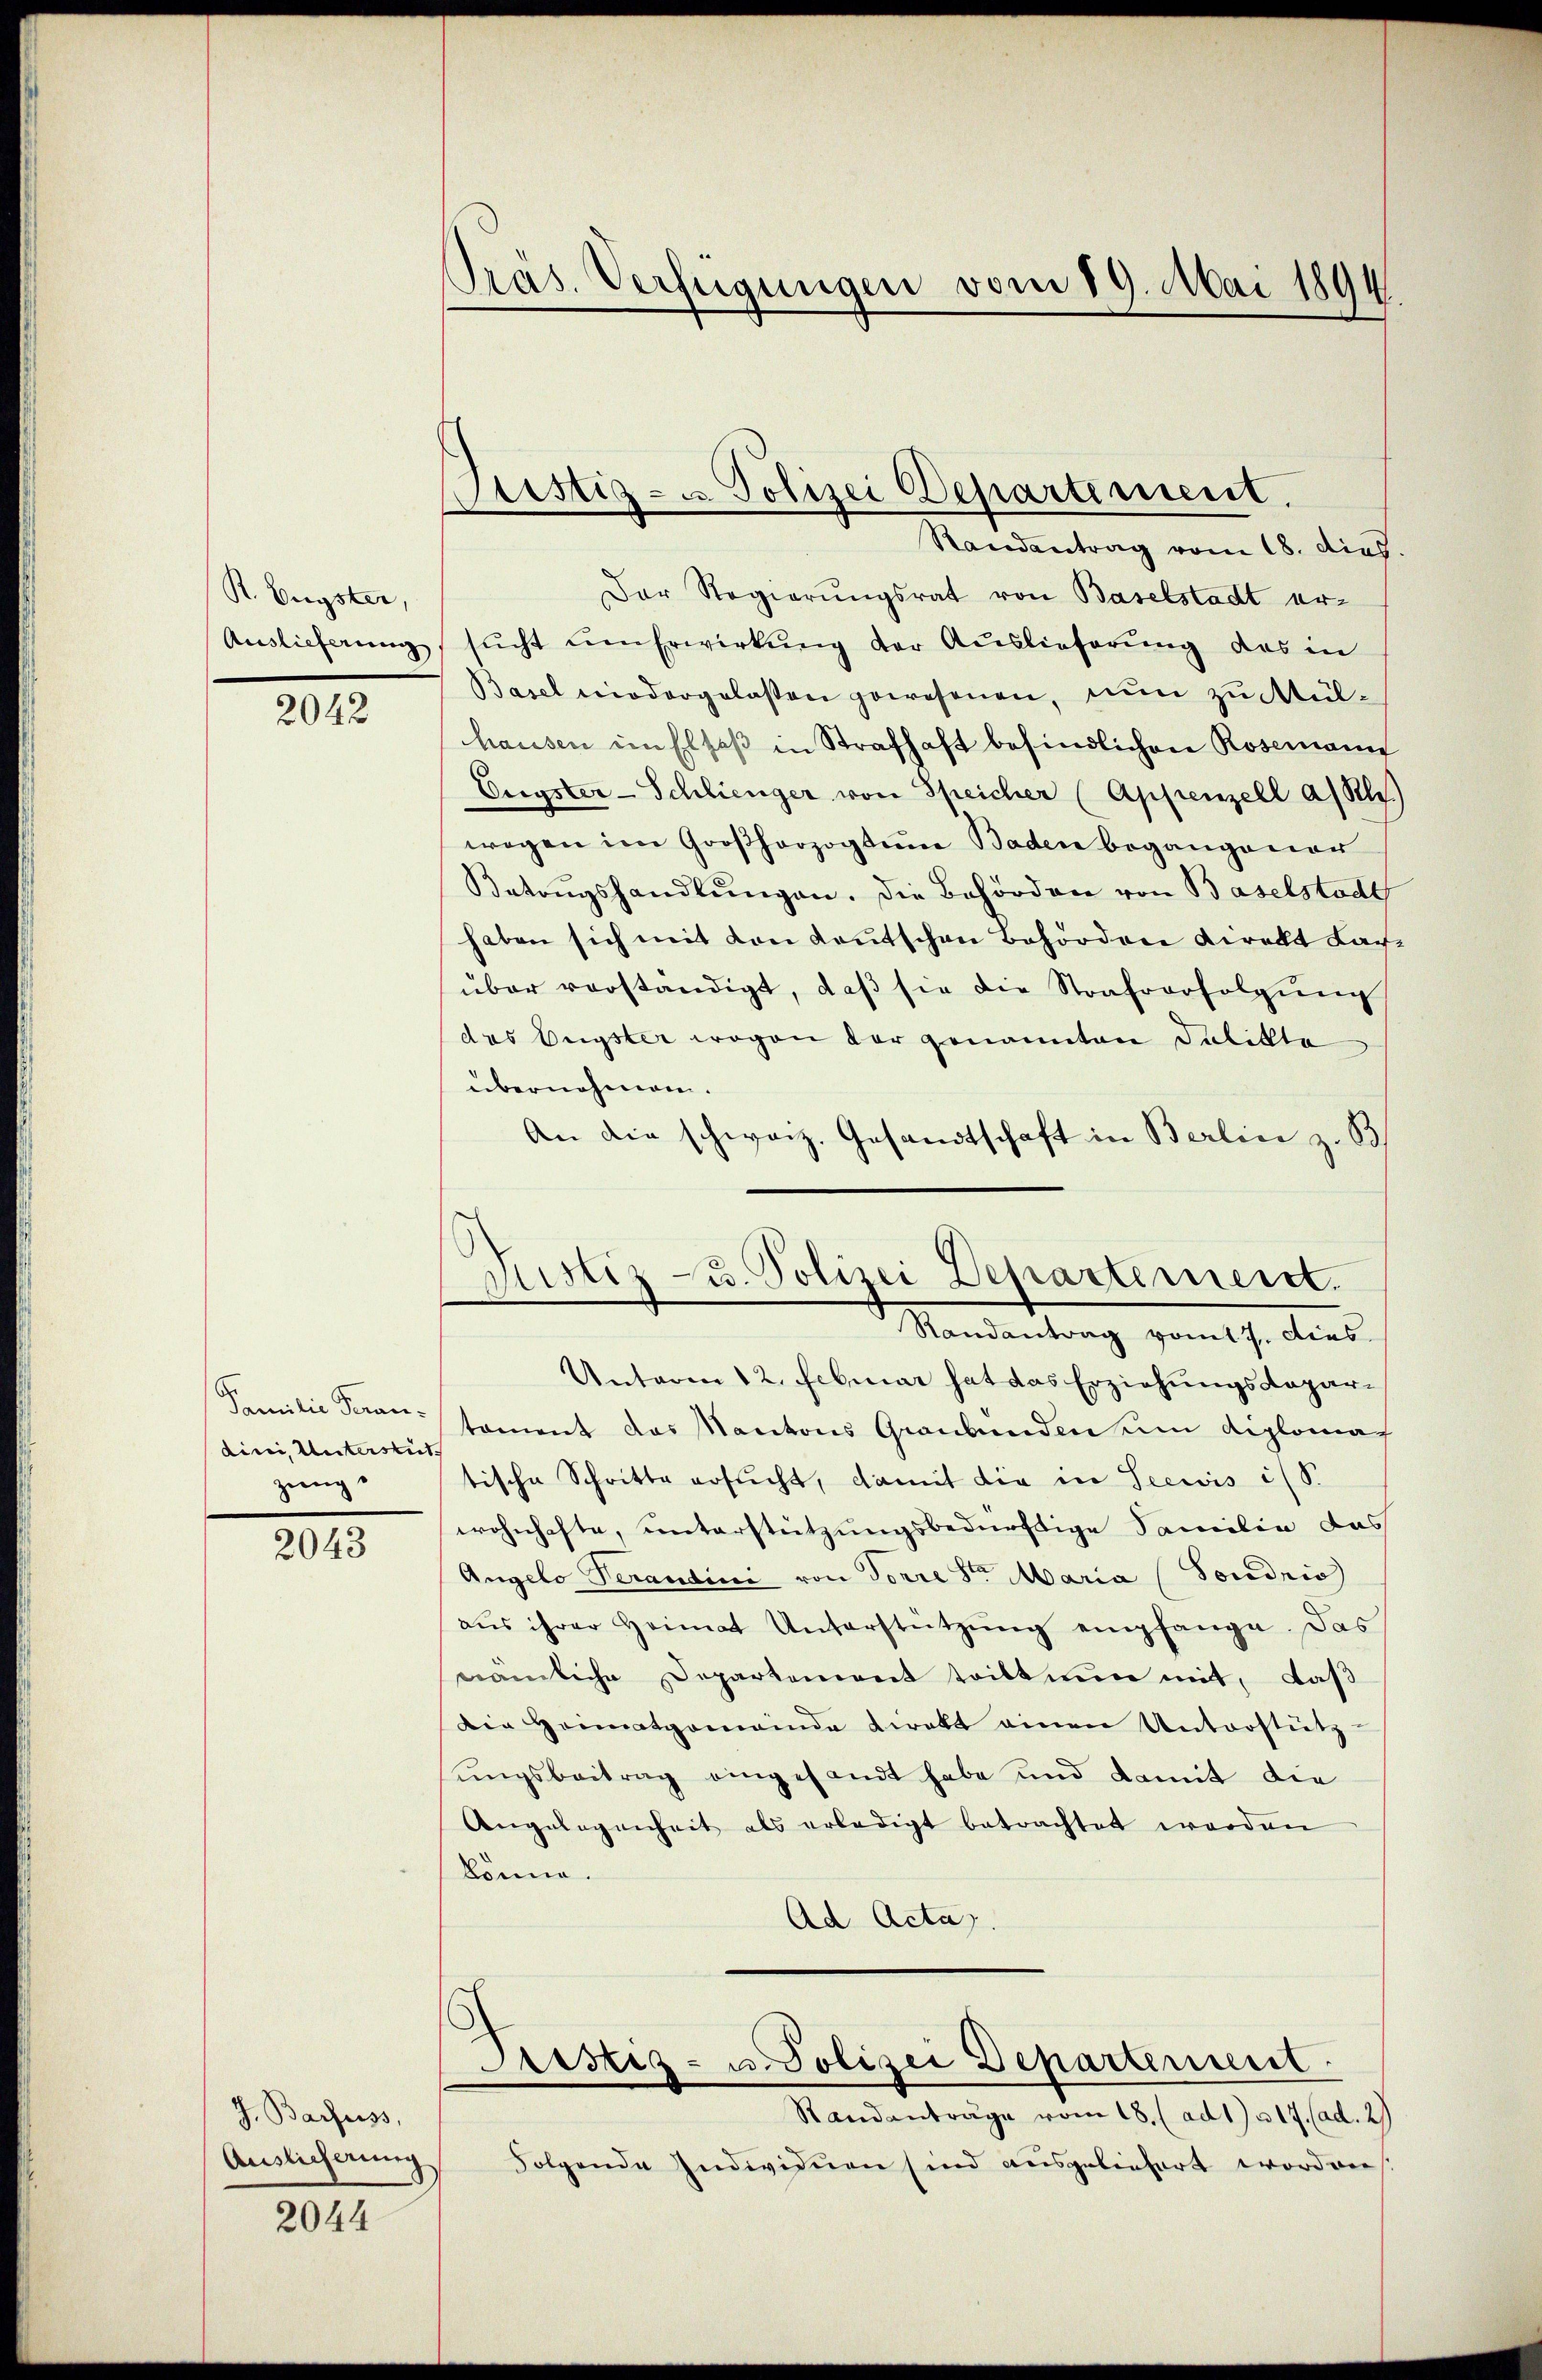
S. Eugster,
Auslieferung

2042

Familie Peran-
dini, Unterstüt
zung

2043

J. Barheiss,
Auslieferung

2044

Pras. Verfügungen vom 19. Mai 1894

Oustiz- u. Polizei Departement.
Randantrag vom 18. dies

Justiz- u. Polizei Departement.

Der Regierungsrat von Baselstadt er-
sŭcht den Erwirkung der Auslieferung das in
Basel wiedergelasten gewesenen, nun zu Mülhausen im Elsaß in Strafhaft befindlichen Rosenannt
Engster-Schlienger von Speicher (Appenzell a/Rh.
wegen im Großherzogtum Baden begangener
Betoŭgshandlŭngen. Die Behörden von Baselstadt
haben sich mit von deutschen Behördene direkt Lach
über verständigt, daβ sie die Strafverfolgŭng
das Engster wegen der genannten Delikte
übernehmen.
An die schweiz. Gesandtschaft in Berlin z. B
Randantrag vom 17. dies
Unterm 12. Februar hat das Erziehungsdapartament das Kantons Graubünden um diploma
tische Schritte ersŭcht, damit die in Seewis i/S.
wohnhafte, unterstützungsbedürftige Familie das
Angelo Verandine von Torre Stern Maria (Pordris
aŭs ihrer Heimat Unterstützŭng empfange. Das
nämliche Departement tritt nun mit, daß
Die Heimatgemeinde direkt einen Unterstütz
sungsbeitrag eingesandt habe und damit die
Angelegenheit als erledigt betrachtet werden
könne.
Ad Acta).
Pristiz- u. Polizei Departement.
Standanträge vom 18. (ad 1. 317. (ad. 2)
Folgende Individuen sind ausgeliefert worden.